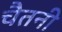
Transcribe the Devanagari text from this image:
चैतनी